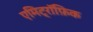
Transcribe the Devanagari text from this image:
एमिट्रॉफ़िक